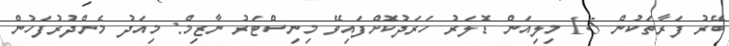
ބޭރު ފަރާތަކުން 1.5 މިލިއަން ޑޮލަރު ހަރަދުކޮށްފައިވޭ މިނިސްޓަރު ނާޒިމް: މިއަދު މެންދުރުފަހުން